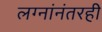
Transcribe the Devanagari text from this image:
लग्नांनंतरही